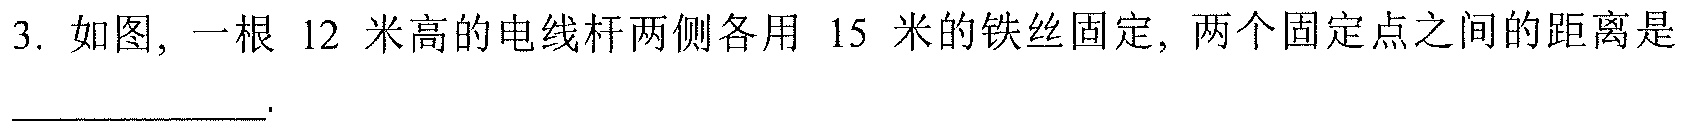
3. 如图, 一根$12$米高的电线杆两侧各用$15$米的铁丝固定, 两个固定点之间的距离是__________.